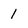
Character: 1